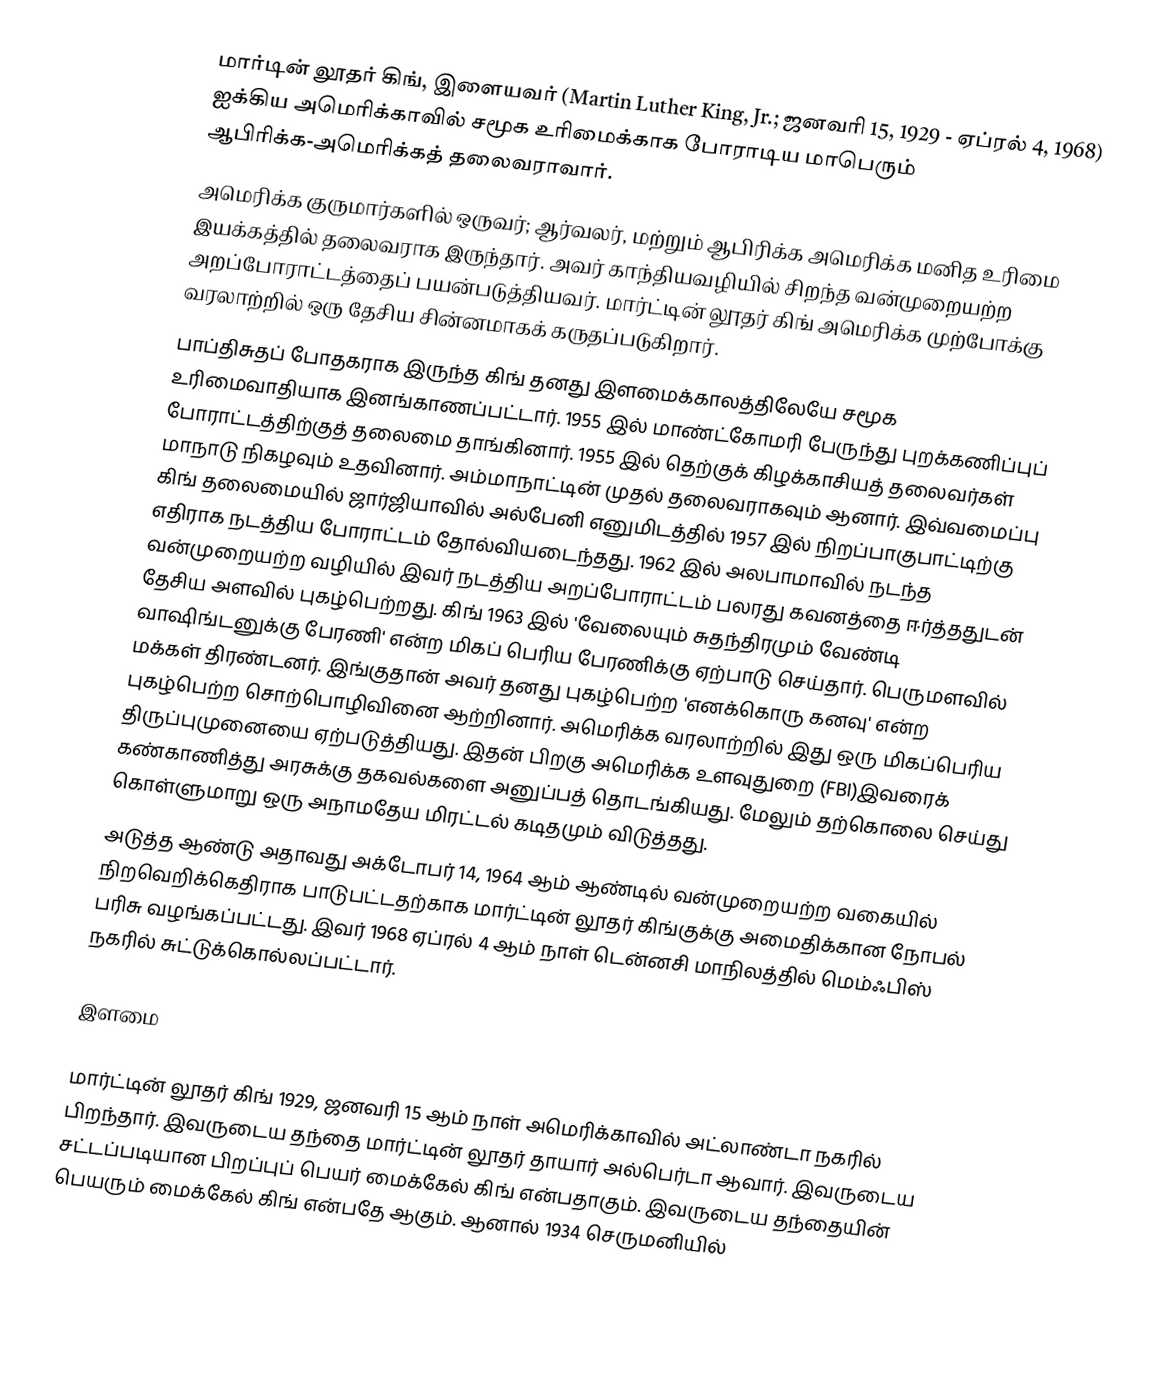
மார்டின் லூதர் கிங், இளையவர் (Martin Luther King, Jr.; ஜனவரி 15, 1929 - ஏப்ரல் 4, 1968) ஐக்கிய அமெரிக்காவில் சமூக உரிமைக்காக போராடிய மாபெரும் ஆபிரிக்க-அமெரிக்கத் தலைவராவார்.
அமெரிக்க குருமார்களில் ஒருவர்; ஆர்வலர், மற்றும் ஆபிரிக்க அமெரிக்க மனித உரிமை இயக்கத்தில் தலைவராக இருந்தார். அவர் காந்தியவழியில் சிறந்த வன்முறையற்ற அறப்போராட்டத்தைப் பயன்படுத்தியவர். மார்ட்டின் லூதர் கிங் அமெரிக்க முற்போக்கு வரலாற்றில் ஒரு தேசிய சின்னமாகக் கருதப்படுகிறார்.
பாப்திசுதப் போதகராக இருந்த கிங் தனது இளமைக்காலத்திலேயே சமூக உரிமைவாதியாக இனங்காணப்பட்டார். 1955 இல் மாண்ட்கோமரி பேருந்து புறக்கணிப்புப் போராட்டத்திற்குத் தலைமை தாங்கினார். 1955 இல் தெற்குக் கிழக்காசியத் தலைவர்கள் மாநாடு நிகழவும் உதவினார். அம்மாநாட்டின் முதல் தலைவராகவும் ஆனார். இவ்வமைப்பு கிங் தலைமையில் ஜார்ஜியாவில் அல்பேனி எனுமிடத்தில் 1957 இல்  நிறப்பாகுபாட்டிற்கு எதிராக நடத்திய போராட்டம் தோல்வியடைந்தது. 1962 இல் அலபாமாவில் நடந்த வன்முறையற்ற வழியில் இவர் நடத்திய அறப்போராட்டம் பலரது கவனத்தை ஈர்த்ததுடன் தேசிய அளவில் புகழ்பெற்றது. கிங் 1963 இல் 'வேலையும் சுதந்திரமும் வேண்டி வாஷிங்டனுக்கு பேரணி' என்ற  மிகப் பெரிய பேரணிக்கு ஏற்பாடு செய்தார். பெருமளவில் மக்கள் திரண்டனர். இங்குதான் அவர் தனது புகழ்பெற்ற  'எனக்கொரு கனவு' என்ற புகழ்பெற்ற சொற்பொழிவினை ஆற்றினார். அமெரிக்க வரலாற்றில் இது ஒரு மிகப்பெரிய திருப்புமுனையை ஏற்படுத்தியது. இதன் பிறகு அமெரிக்க உளவுதுறை (FBI)இவரைக் கண்காணித்து அரசுக்கு தகவல்களை அனுப்பத் தொடங்கியது. மேலும் தற்கொலை செய்து கொள்ளுமாறு ஒரு அநாமதேய மிரட்டல் கடிதமும் விடுத்தது.
அடுத்த ஆண்டு அதாவது அக்டோபர் 14, 1964 ஆம் ஆண்டில் வன்முறையற்ற வகையில் நிறவெறிக்கெதிராக பாடுபட்டதற்காக  மார்ட்டின் லூதர் கிங்குக்கு அமைதிக்கான நோபல் பரிசு வழங்கப்பட்டது.  இவர் 1968 ஏப்ரல் 4 ஆம் நாள் டென்னசி மாநிலத்தில் மெம்ஃபிஸ் நகரில் சுட்டுக்கொல்லப்பட்டார்.

இளமை

மார்ட்டின் லூதர் கிங் 1929, ஜனவரி 15 ஆம் நாள்  அமெரிக்காவில் அட்லாண்டா நகரில் பிறந்தார். இவருடைய தந்தை மார்ட்டின் லூதர் தாயார் அல்பெர்டா ஆவார். இவருடைய சட்டப்படியான  பிறப்புப் பெயர் மைக்கேல் கிங் என்பதாகும். இவருடைய தந்தையின் பெயரும் மைக்கேல் கிங் என்பதே ஆகும். ஆனால்  1934  செருமனியில்